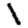
Digit: 1